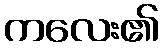
ကလေး၏